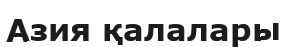
Азия қалалары